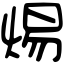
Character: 焬